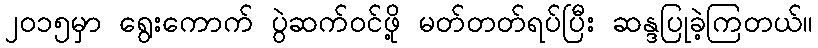
၂၀၁၅မှာ ရွေးကောက် ပွဲဆက်ဝင်ဖို့ မတ်တတ်ရပ်ပြီး ဆန္ဒပြုခဲ့ကြတယ်။